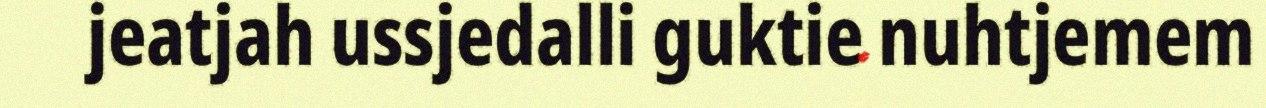
jeatjah ussjedalli guktie nuhtjemem